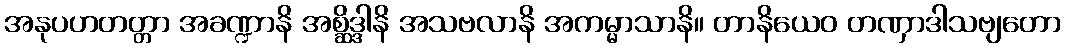
အနုပဟတတ္တာ အခဏ္ဍာနိ အစ္ဆိဒ္ဒါနိ အသဗလာနိ အကမ္မာသာနိ။ တာနိယေဝ တဏှာဒါသဗျတော